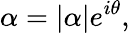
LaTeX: \alpha=|\alpha|e^{i\theta},